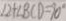
\angle 2 + \angle B C D = 9 0 ^ { \circ }